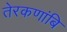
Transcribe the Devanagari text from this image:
तेरकणांबि